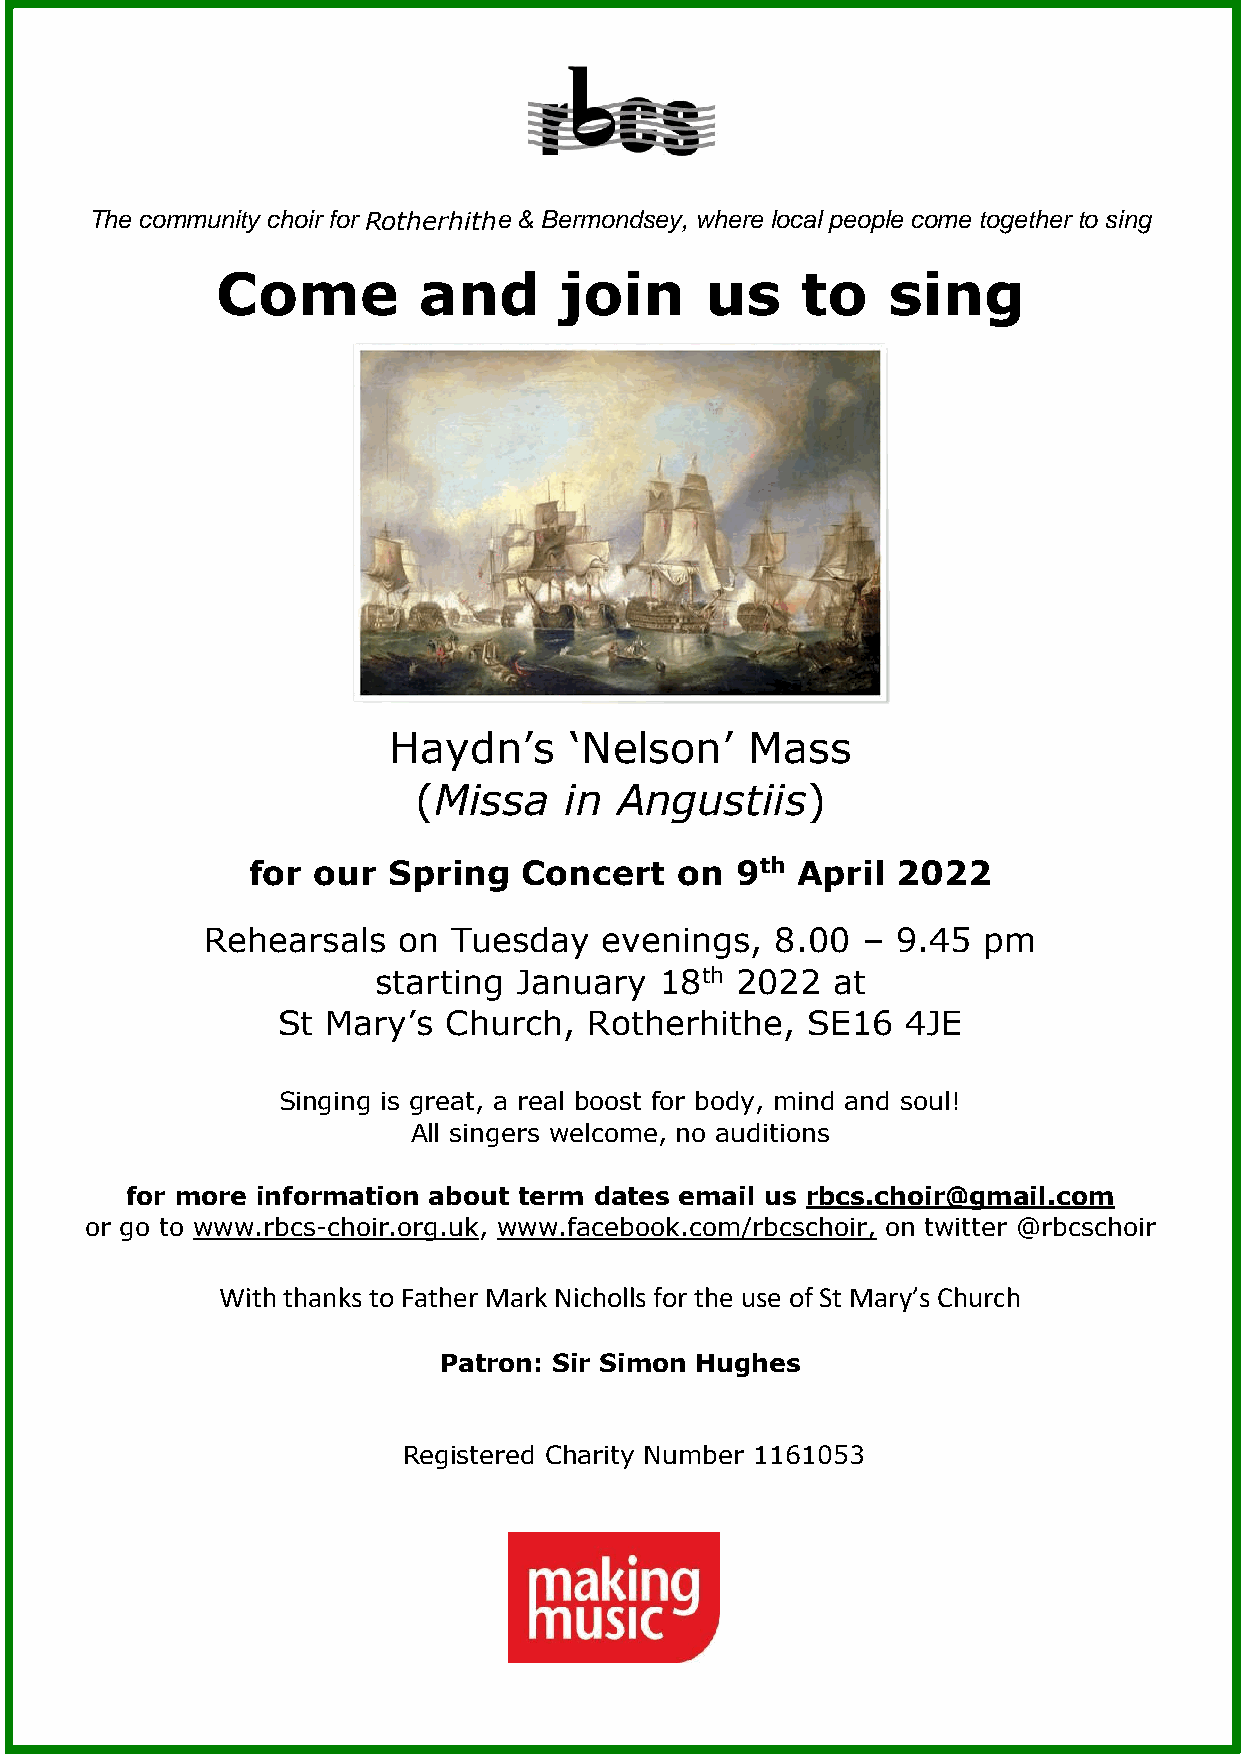
The community choir for Rotherhithe & Bermondsey, where local people come together to sing
 Come          and      join      us    to    sing
 Haydn’s     ‘Nelson’   Mass
 (Missa    in  Angustiis)
 for  our  Spring   Concert   on  9th April 2022
 Rehearsals  on  Tuesday   evenings,  8.00  – 9.45  pm
 starting January   18th 2022  at
 St  Mary’s Church,   Rotherhithe,  SE16   4JE
 Singing is great, a real boost for body, mind and soul!
 All singers welcome, no auditions
 for more information about term dates email us rbcs.choir@gmail.com
 or go to www.rbcs-choir.org.uk, www.facebook.com/rbcschoir, on twitter @rbcschoir
 With thanks to Father Mark Nicholls for the use of St Mary’s Church
 Patron: Sir Simon Hughes
 Registered Charity Number 1161053